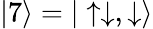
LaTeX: |7\rangle=|\uparrow\downarrow,\downarrow\rangle